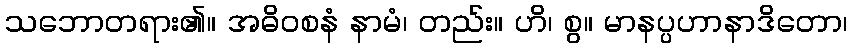
သဘောတရား၏။ အဓိဝစနံ နာမံ၊ တည်း။ ဟိ၊ စွ။ မာနပ္ပဟာနာဒိတော၊